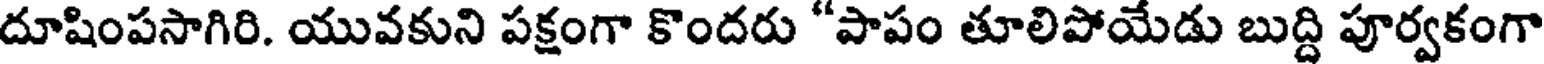
దూషింపసాగిరి. యువకుని పక్షంగా కొందరు "పాపం తూలిపోయేడు బుద్ది పూర్వకంగా